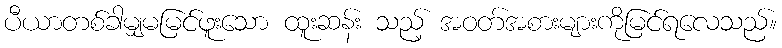
ပီယာတစ်ခါမျှမမြင်ဖူးသော ထူးဆန်း သည့် အဝတ်အစားများကိုမြင်ရလေသည်။